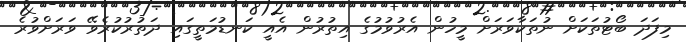
މިފަދަ ބޯޓުތަކަށް ނުތަކާވަރަށް މީހުން އެރުވުމުގެ އިތުރުން އެއީ ކަނޑުމަތީގައި ދަތުރުކުރެވޭ ވަރަށްވުރެ